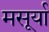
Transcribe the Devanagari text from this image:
मसूर्या